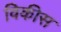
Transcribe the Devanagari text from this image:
विकीस